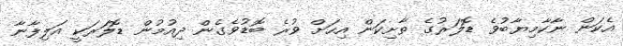
އެކަން ނާކާމިޔާބުވެ ޑޮލަރުގެ ތާށިކަން އިހަށް ވުރެ ބޮޑުވެގެން ދިއުމުން ޑޮލަރަކީ އަލިފާނާ